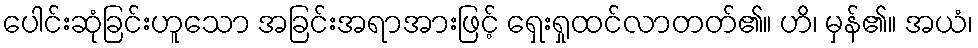
ပေါင်းဆုံခြင်းဟူသော အခြင်းအရာအားဖြင့် ရှေးရှုထင်လာတတ်၏။ ဟိ၊ မှန်၏။ အယံ၊